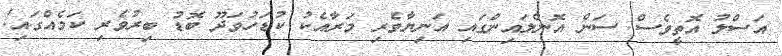
އަސްލު އޮތީވެސް ސަން އޮންލައިންގައި އަނިޔާވެރި މަރާއެކު ކުޑަހުވަދޫ ބޮޑު ބިރުވެރި ކަމެއްގައި!